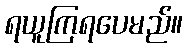
ရယူကြရပေမည်။